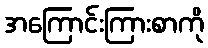
အကြောင်းကြားစာကို